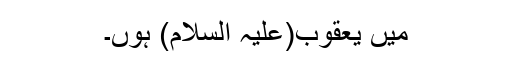
میں یعقوب(علیہ السلام) ہوں۔